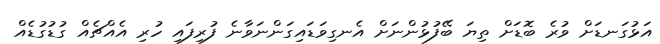
އަޅުގަނޑަށް ވުރެ ބޮޑަށް ތިޔަ ބޭފުޅުންނަށް އެނގިވަޑައިގަންނަވާނެ ފުރިިފައި ހުރި އެއްޗެއް ގުޑުގުޑެއް